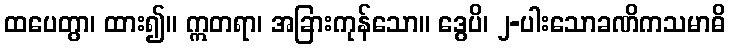
ထပေတွာ၊ ထား၍။ ဣတရာ၊ အခြားကုန်သော။ ဒွေပိ၊ ၂-ပါးသောခဏိကသမာဓိ